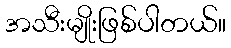
အသီးမျိုးဖြစ်ပါတယ်။